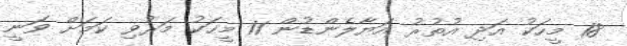
18 މީހަކު އަދި އުތުރު އަޔާލެންޑުން 11 މީހަކު މަރުވި ކަމަށް ވަނީ